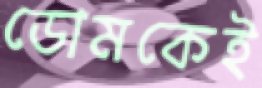
ডোমকেই